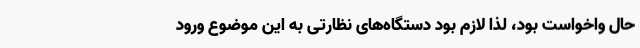
حال واخواست بود، لذا لازم بود دستگاه‌های نظارتی به این موضوع ورود